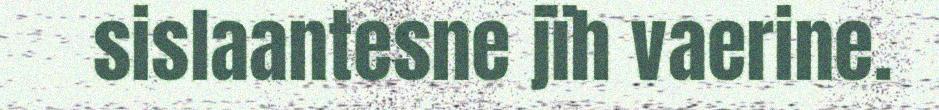
sislaantesne jïh vaerine.